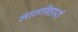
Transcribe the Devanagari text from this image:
लालबिहारी